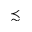
\precsim